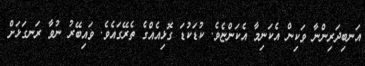
އަނބިދަރިންނާ ވަކިން އެކަނިމާ އެކަންޏެވެ. ކުޑަކުޑަ ގޮޅިއެއްގެ ތެރޭގައެވެ. ވައިބޭރު ނުވާ ރަނގަޅަށް